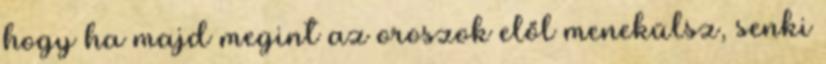
hogy ha majd megint az oroszok elől menekülsz, senki